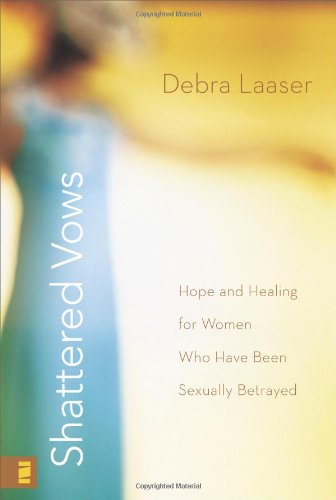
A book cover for Shattered Vows: Hope and Healing for Women Who Have Been Sexually Betrayed; Debra Laaser; Politics & Social Sciences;